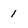
Character: 1